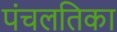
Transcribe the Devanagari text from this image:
पंचलतिका